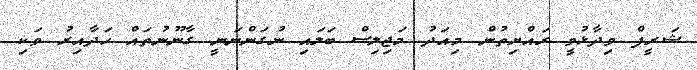
ޝަރީފް ވިދާޅުވީ ރައްޔިތުން މިއަދު މަޖިލިސް ބަލައި ނުގަންނަނީ ގާނޫނުތައް ހަދާއިރު ވަކި